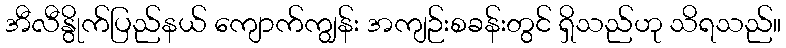
အီလီနွိုက်ပြည်နယ် ကျောက်ကျွန်း အကျဉ်းစခန်းတွင် ရှိသည်ဟု သိရသည်။